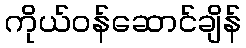
ကိုယ်ဝန်ဆောင်ချိန်